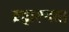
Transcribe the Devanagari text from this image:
ब्रह्मरूपता